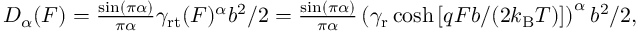
\begin{array} { r } { D _ { \alpha } ( F ) = \frac { \sin ( \pi \alpha ) } { \pi \alpha } \gamma _ { \mathrm { r t } } ( F ) ^ { \alpha } b ^ { 2 } / 2 = \frac { \sin ( \pi \alpha ) } { \pi \alpha } \left( \gamma _ { \mathrm { r } } \cosh \left[ q F b / ( 2 k _ { \mathrm { B } } T ) \right] \right) ^ { \alpha } b ^ { 2 } / 2 , } \end{array}